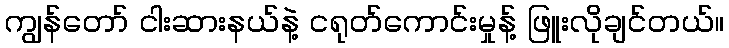
ကျွန်တော် ငါးဆားနယ်နဲ့ ငရုတ်ကောင်းမှုန့် ဖြူးလိုချင်တယ်။